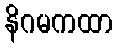
နိဂမကထာ